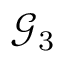
\mathcal { G } _ { 3 }